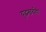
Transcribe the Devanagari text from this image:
युद्धखर्चही